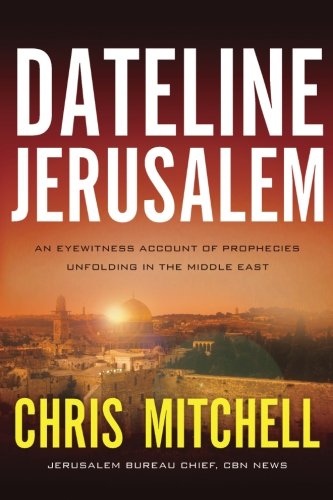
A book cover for Dateline Jerusalem: An Eyewitness Account of Prophecies Unfolding in the Middle East; Chris Mitchell; History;